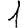
Digit: 1